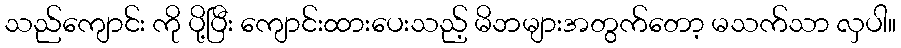
သည်ကျောင်း ကို ပို့ပြီး ကျောင်းထားပေးသည့် မိဘများအတွက်တော့ မသက်သာ လှပါ။